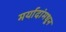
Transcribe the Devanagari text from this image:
मर्यादांमधून